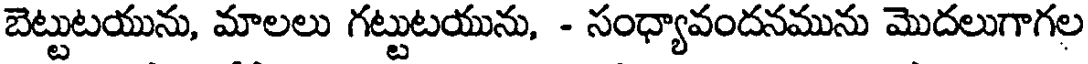
బెట్టుటయును, మాలలు గట్టుటయును, - సంధ్యావందనమును మొదలుగాగల